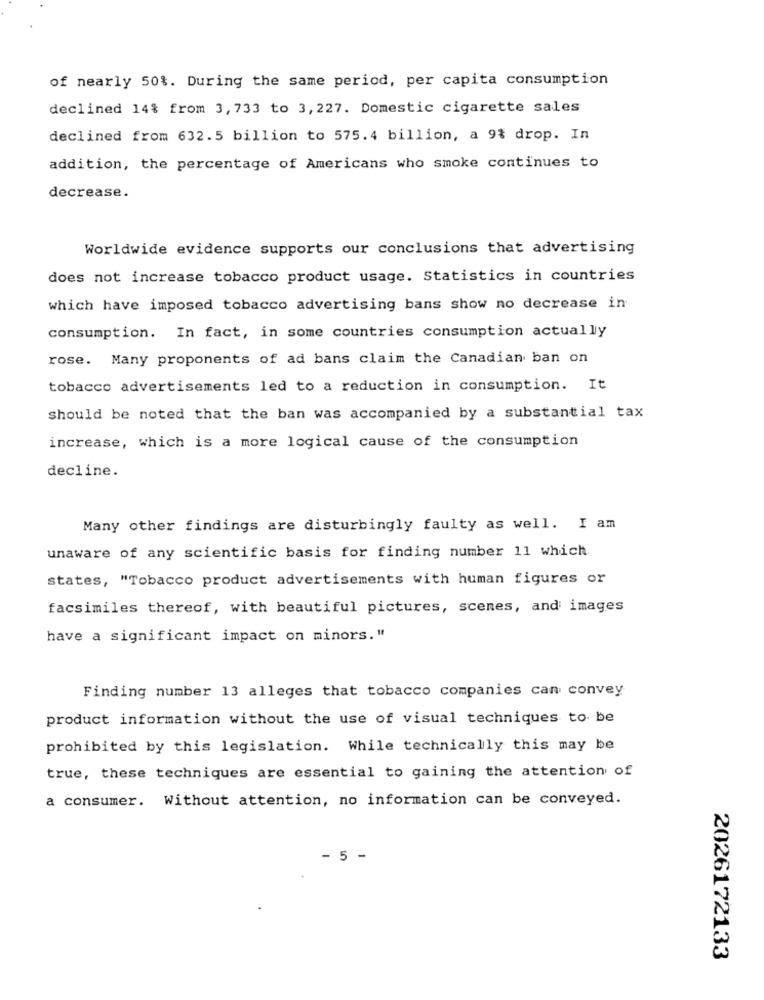
of nearly 50%. During the same period, per capita consumption
declined 14% from 3,733 to 3,227. Domestic cigarette sales
declined from 632.5 billion to 575.4 billion, a 9& drop. In
addition, the percentage of Americans who smoke continues to
decrease.
Worldwide evidence supports our conclusions that advertising
does not increase tobacco product usage. Statistics in countries
which have imposed tobacco advertising bans show no decrease in
consumption. In fact, in some countries consumption actually
rose. Many proponents of ad bans claim the Canadian ban on
tobacco advertisements led to a reduction in consumption. It
should be noted that the ban was accompanied by a substantial tax
increase, which is a more logical cause of the consumption
decline.
Many other findings are disturbingly faulty as well. I am
unaware of any scientific basis for finding number 11 which
states, "Tobacco product advertisements with human figures or
facsimiles thereof, with beautiful pictures, scenes, and images
have a significant impact on minors."
Finding number 13 alleges that tobacco companies can convey
product information without the use of visual techniques to be
prohibited by this legislation. While technically this may be
true, these techniques are essential to gaining the attention of
a consumer. Without attention, no information can be conveyed.
- 5 -
2026172133